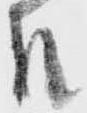
殿